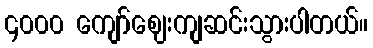
၄၀၀၀ ကျော်ဈေးကျဆင်းသွားပါတယ်။